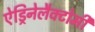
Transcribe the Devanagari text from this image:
ऐड्रिनेलैक्टोमी